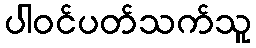
ပါဝင်ပတ်သက်သူ